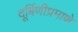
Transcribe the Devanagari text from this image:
दूर्बिणीप्रमाणे